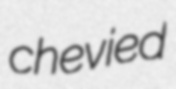
chevied